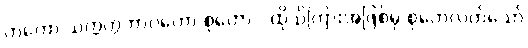
တတော သက္ကတ္တဘာဝတော စုတော - ထိုသိကြားအဖြစ်မှ စုတေလတ်သော်